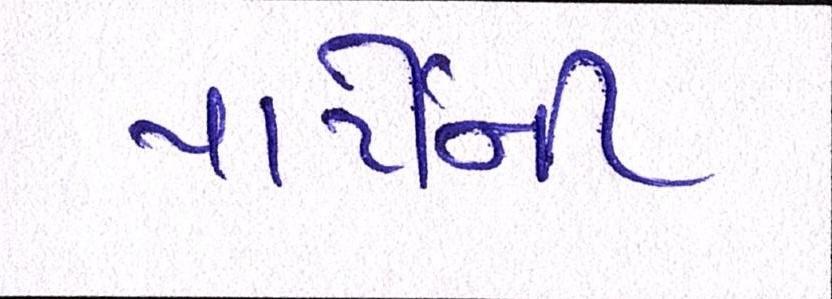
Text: પાર્ટીની